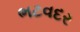
ભટવદર